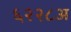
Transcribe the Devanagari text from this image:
६२२८अ